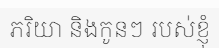
ភរិយា និងកូនៗ របស់ខ្ញុំ